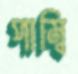
পাম্বি